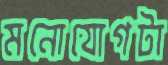
মনোযোগটা